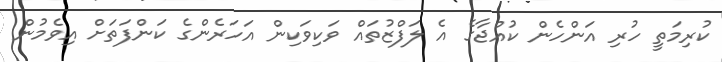
ކުރިމަތީ ހުރި އަންހެން ކުއްޖާގެ އެ ލަފްޒުތައް ވަކިވަކިން އަހަރެންގެ ކަންފަތަށް އިވެމުން